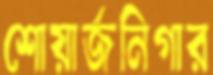
শোয়ার্জনিগার